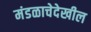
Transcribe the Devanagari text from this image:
मंडळाचेदेखील